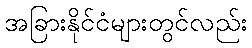
အခြားနိုင်ငံများတွင်လည်း